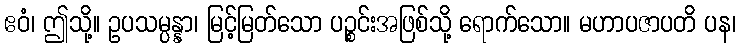
ဧဝံ၊ ဤသို့။ ဥပသမ္ပန္နာ၊ မြင့်မြတ်သော ပဉ္စင်းအဖြစ်သို့ ရောက်သော။ မဟာပဇာပတိ ပန၊